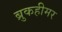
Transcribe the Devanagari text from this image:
ब्रुकहीमर